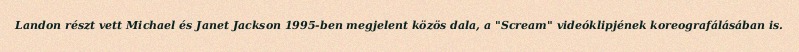
Landon részt vett Michael és Janet Jackson 1995-ben megjelent közös dala, a "Scream" videóklipjének koreografálásában is.